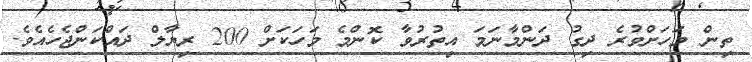
ތިން މަހަށްވުރެ ދިގު ދަންމާނަމަ އިތުރުވާ ކޮންމެ މަހަކަށް 200 ރިޔާލް ދައްކަންޖެހެއެވެ.